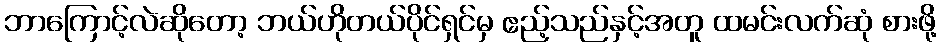
ဘာကြောင့်လဲဆိုတော့ ဘယ်ဟိုတယ်ပိုင်ရှင်မှ ဧည့်သည်နှင့်အတူ ထမင်းလက်ဆုံ စားဖို့